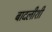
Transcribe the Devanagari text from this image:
बादलीशी